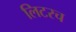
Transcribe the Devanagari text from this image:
लिटरच